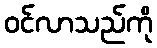
ဝင်လာသည်ကို